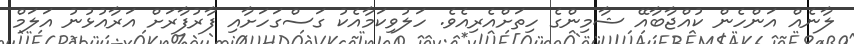
ލާނެއް އަންހެން ކުއްޖާބާއޭ ޝާމިންގެ ހިތަށްއެރިއެވެ. ހަލުވިކަމާއެކު ގަސްގަހަށާއި ފާރުފާރަށް އަރާއުޅުނު އަލަމް